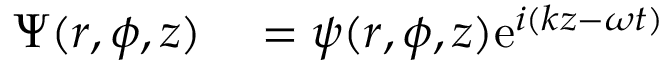
\begin{array} { r l } { \Psi ( r , \phi , z ) } & { { } = \psi ( r , \phi , z ) \mathrm { e } ^ { i ( k z - \omega t ) } } \end{array}